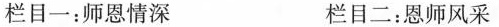
栏目一：师恩情深 栏目二：恩师风采